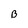
Character: B